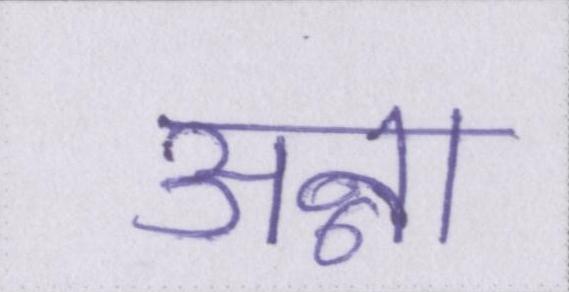
अन्ना